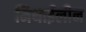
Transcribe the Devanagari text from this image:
मिथाईलीन